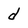
Character: d